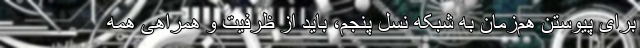
برای پیوستن هم‌زمان به شبکه نسل پنجم، باید از ظرفیت و همراهی همه